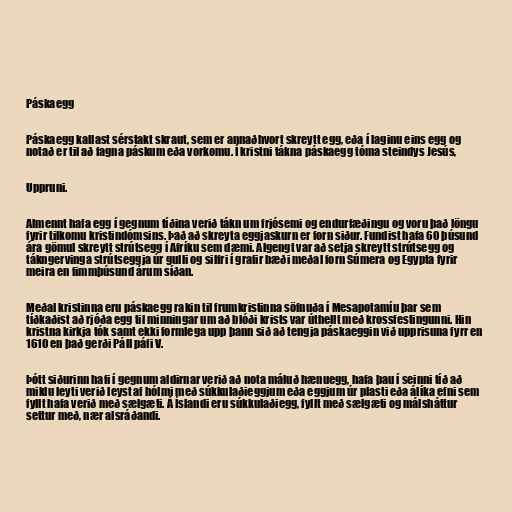
Páskaegg

Páskaegg kallast sérstakt skraut, sem er annaðhvort skreytt egg, eða í laginu eins egg og
notað er til að fagna páskum eða vorkomu. Í kristni tákna páskaegg tóma steindys Jesús,

Uppruni.

Almennt hafa egg í gegnum tíðina verið tákn um frjósemi og endurfæðingu og voru það löngu
fyrir tilkomu kristindómsins. Það að skreyta eggjaskurn er forn siður. Fundist hafa 60 þúsund
ára gömul skreytt strútsegg í Afríku sem dæmi. Algengt var að setja skreytt strútsegg og
tákngervinga strútseggja úr gulli og silfri í grafir bæði meðal forn Súmera og Egypta fyrir
meira en fimmþúsund árum síðan.

Meðal kristinna eru páskaegg rakin til frumkristinna söfnuða í Mesapotamíu þar sem
tíðkaðist að rjóða egg til minningar um að blóði krists var úthellt með krossfestingunni. Hin
kristna kirkja tók samt ekki formlega upp þann sið að tengja páskaeggin við upprisuna fyrr en
1610 en það gerði Páll páfi V.

Þótt siðurinn hafi í gegnum aldirnar verið að nota máluð hænuegg, hafa þau í seinni tíð að
miklu leyti verið leyst af hólmi með súkkulaðieggjum eða eggjum úr plasti eða álíka efni sem
fyllt hafa verið með sælgæti. Á Íslandi eru súkkulaðiegg, fyllt með sælgæti og málsháttur
settur með, nær alsráðandi.